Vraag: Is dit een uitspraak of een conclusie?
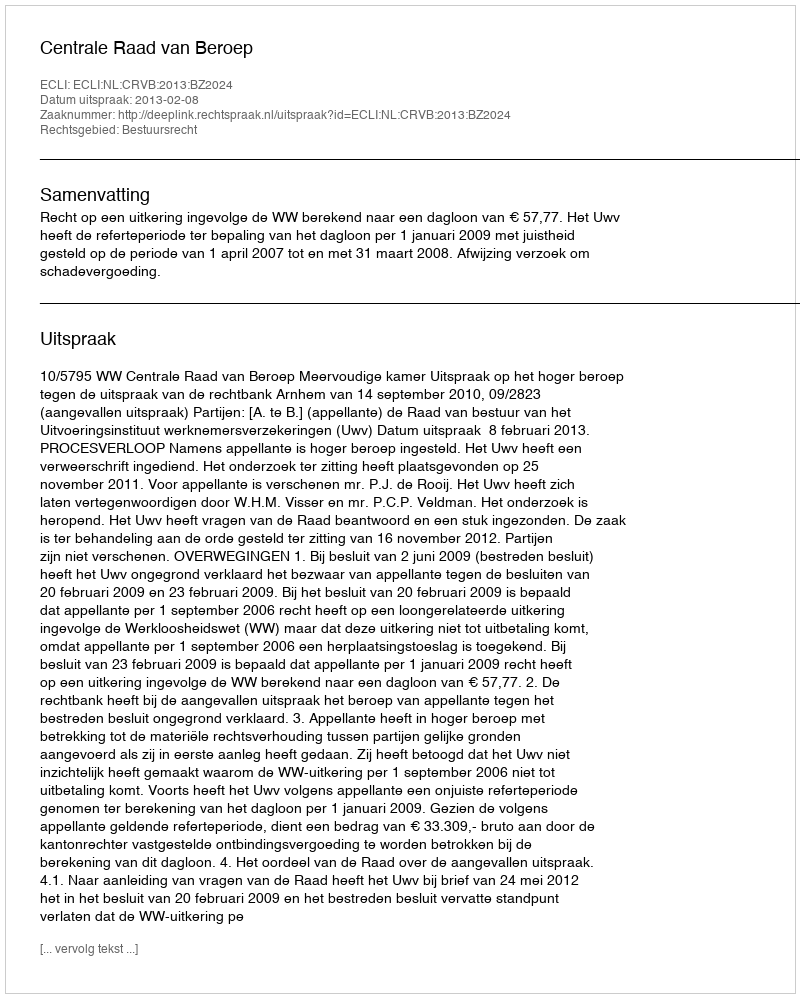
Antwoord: Uitspraak